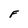
Character: F